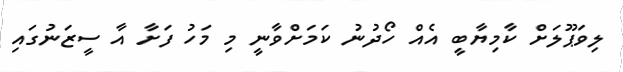
ލިވަޕޫލަށް ކާމިޔާބީ އެއް ހޯދުނު ކަމަށްވާނީ މި މަހު ފަށާ އާ ސީޒަނުގައި